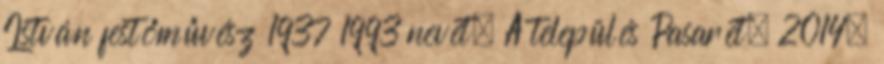
István festőművész 1937 1993 nevét. A település Pasarét, 2014.